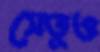
সেতুও